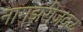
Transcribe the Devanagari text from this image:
नागझरीजवळ